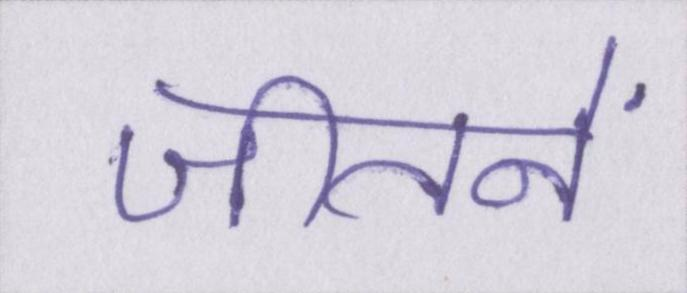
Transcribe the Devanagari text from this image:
जीतनें